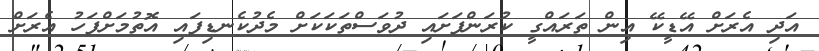
އަދި އެރަށް އޭޑީކޭ އިން ތަރައްގީ ކުރަންފަށައި ދުވަސްތަކަކަށް މެދުކެނޑިފައި އޮތުމަށްފަހު އެރަށް